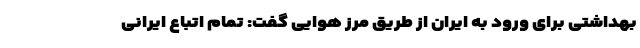
بهداشتی برای ورود به ایران از طریق مرز هوایی گفت: تمام اتباع ایرانی